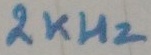
Text: 2KHz